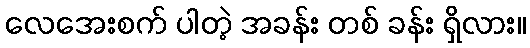
လေအေးစက် ပါတဲ့ အခန်း တစ် ခန်း ရှိလား။